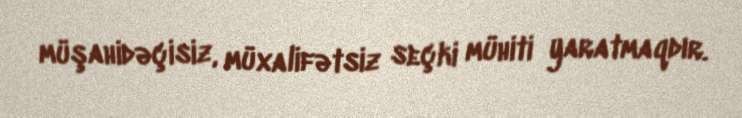
müşahidəçisiz, müxalifətsiz seçki mühiti yaratmaqdır.